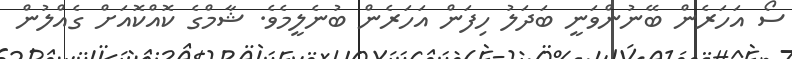
ސޯ އަހަރެން ބޭނުންވަނީ ބަދަލު ހިފަން އަހަރެން ބުނެލީމެވެ. ޝާމްގެ ކޮއްކޮއަށް ގެއްލުން